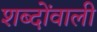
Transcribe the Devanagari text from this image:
शब्दोंवाली